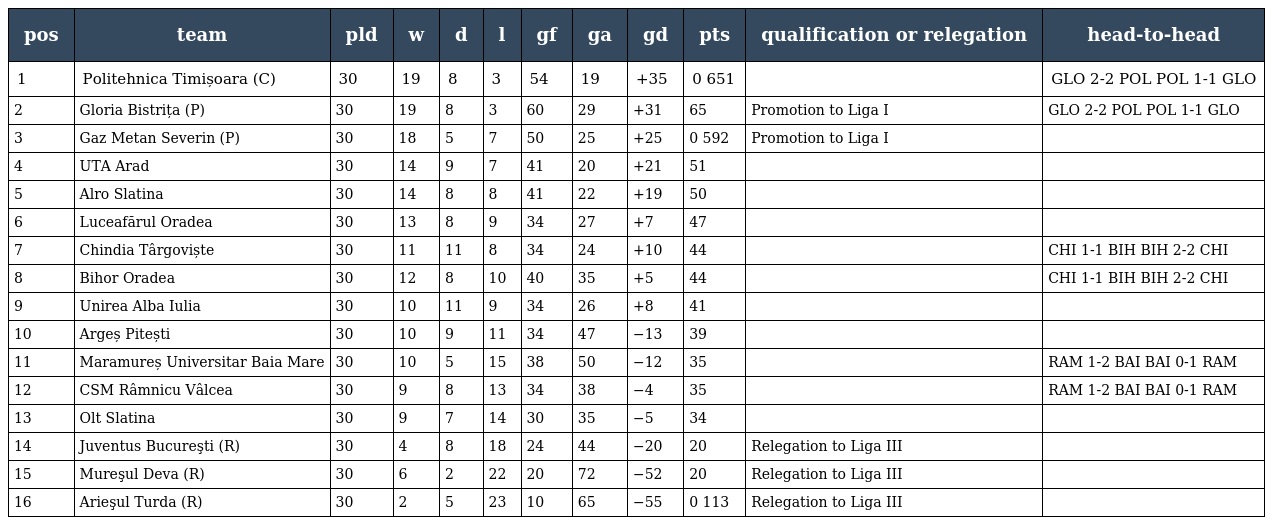
| pos | team | pld | w | d | l | gf | ga | gd | pts | qualification or relegation | head-to-head |
 | --- | --- | --- | --- | --- | --- | --- | --- | --- | --- | --- | --- |
 | 1 | Politehnica Timișoara (C) | 30 | 19 | 8 | 3 | 54 | 19 | +35 | 0 651 |  | GLO 2-2 POL POL 1-1 GLO |
 | 2 | Gloria Bistrița (P) | 30 | 19 | 8 | 3 | 60 | 29 | +31 | 65 | Promotion to Liga I | GLO 2-2 POL POL 1-1 GLO |
 | 3 | Gaz Metan Severin (P) | 30 | 18 | 5 | 7 | 50 | 25 | +25 | 0 592 | Promotion to Liga I |  |
 | 4 | UTA Arad | 30 | 14 | 9 | 7 | 41 | 20 | +21 | 51 |  |  |
 | 5 | Alro Slatina | 30 | 14 | 8 | 8 | 41 | 22 | +19 | 50 |  |  |
 | 6 | Luceafărul Oradea | 30 | 13 | 8 | 9 | 34 | 27 | +7 | 47 |  |  |
 | 7 | Chindia Târgoviște | 30 | 11 | 11 | 8 | 34 | 24 | +10 | 44 |  | CHI 1-1 BIH BIH 2-2 CHI |
 | 8 | Bihor Oradea | 30 | 12 | 8 | 10 | 40 | 35 | +5 | 44 |  | CHI 1-1 BIH BIH 2-2 CHI |
 | 9 | Unirea Alba Iulia | 30 | 10 | 11 | 9 | 34 | 26 | +8 | 41 |  |  |
 | 10 | Argeș Pitești | 30 | 10 | 9 | 11 | 34 | 47 | −13 | 39 |  |  |
 | 11 | Maramureș Universitar Baia Mare | 30 | 10 | 5 | 15 | 38 | 50 | −12 | 35 |  | RAM 1-2 BAI BAI 0-1 RAM |
 | 12 | CSM Râmnicu Vâlcea | 30 | 9 | 8 | 13 | 34 | 38 | −4 | 35 |  | RAM 1-2 BAI BAI 0-1 RAM |
 | 13 | Olt Slatina | 30 | 9 | 7 | 14 | 30 | 35 | −5 | 34 |  |  |
 | 14 | Juventus Bucureşti (R) | 30 | 4 | 8 | 18 | 24 | 44 | −20 | 20 | Relegation to Liga III |  |
 | 15 | Mureşul Deva (R) | 30 | 6 | 2 | 22 | 20 | 72 | −52 | 20 | Relegation to Liga III |  |
 | 16 | Arieşul Turda (R) | 30 | 2 | 5 | 23 | 10 | 65 | −55 | 0 113 | Relegation to Liga III |  |